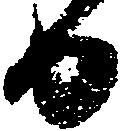
日